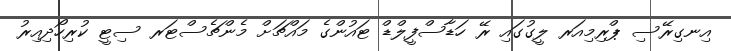
އިނގިރޭސި ޕްރިމިއަރ ލީގުގައި ރޭ ހަޑާސްފީލްޑް ޓައުންގެ މައްޗަށް މެންޗެސްޓަރ ސިޓީ ކުރިހޯދިއިރު